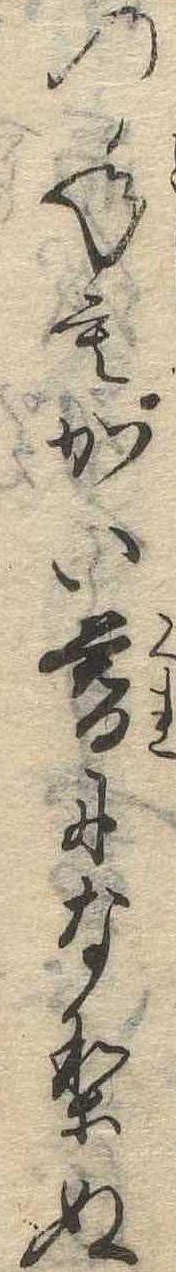
の年もかい暮になりぬ